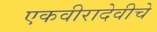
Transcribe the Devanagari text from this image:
एकवीरादेवीचे